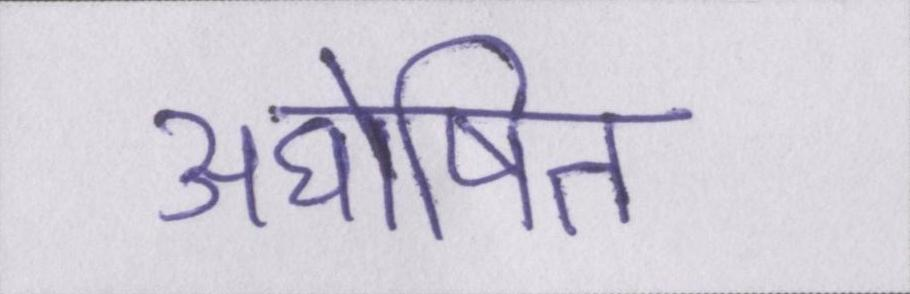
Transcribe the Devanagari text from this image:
अघोषित